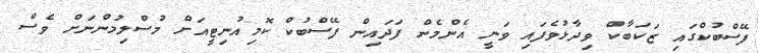
ފޭސްބުކްގައި ޒަކަބާކް ވިދާޅުވެފައި ވަނީ އެންމެން ފަދައިން ފޭސްބުކް ކޮމިއުނިޓީއަށް މުސްލިމުންނަށް ވެސް